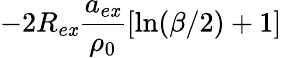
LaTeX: -2R_{e\mathit{x}}\frac{{a_{e\mathit{x}}}}{{\rho_{0}}}\left[\ln(\beta/2)+1\right]